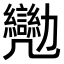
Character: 𠣈